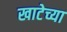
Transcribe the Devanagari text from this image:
खाटेच्या